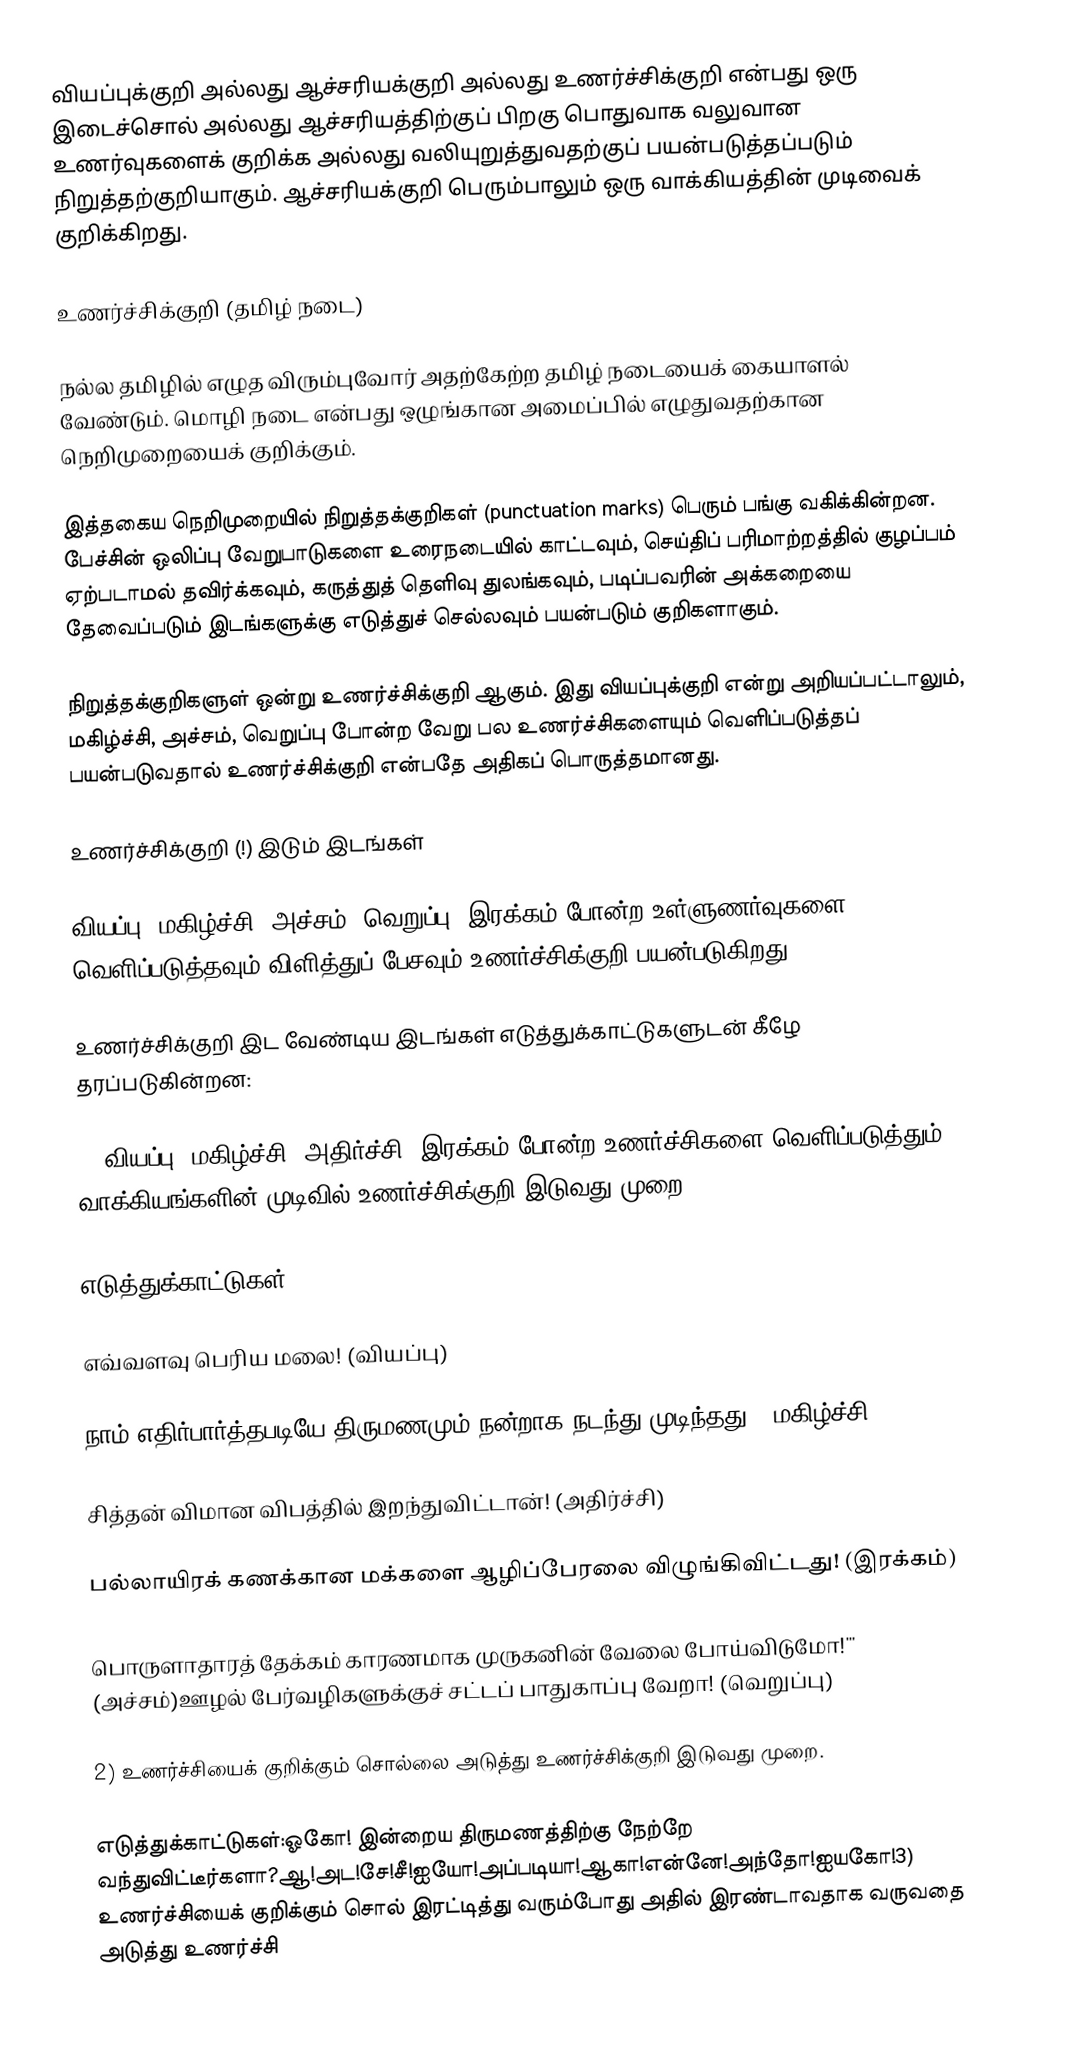
வியப்புக்குறி அல்லது ஆச்சரியக்குறி அல்லது  உணர்ச்சிக்குறி என்பது ஒரு இடைச்சொல் அல்லது ஆச்சரியத்திற்குப் பிறகு பொதுவாக வலுவான உணர்வுகளைக் குறிக்க அல்லது வலியுறுத்துவதற்குப் பயன்படுத்தப்படும் நிறுத்தற்குறியாகும். ஆச்சரியக்குறி பெரும்பாலும் ஒரு வாக்கியத்தின் முடிவைக் குறிக்கிறது.

உணர்ச்சிக்குறி (தமிழ் நடை)

நல்ல தமிழில் எழுத விரும்புவோர் அதற்கேற்ற தமிழ் நடையைக் கையாளல் வேண்டும். மொழி நடை என்பது ஒழுங்கான அமைப்பில் எழுதுவதற்கான நெறிமுறையைக் குறிக்கும்.

இத்தகைய நெறிமுறையில்  நிறுத்தக்குறிகள் (punctuation marks) பெரும் பங்கு வகிக்கின்றன. பேச்சின் ஒலிப்பு வேறுபாடுகளை உரைநடையில் காட்டவும், செய்திப் பரிமாற்றத்தில் குழப்பம் ஏற்படாமல் தவிர்க்கவும், கருத்துத் தெளிவு துலங்கவும், படிப்பவரின் அக்கறையை தேவைப்படும் இடங்களுக்கு எடுத்துச் செல்லவும் பயன்படும் குறிகளாகும்.

நிறுத்தக்குறிகளுள் ஒன்று உணர்ச்சிக்குறி ஆகும். இது வியப்புக்குறி என்று அறியப்பட்டாலும், மகிழ்ச்சி, அச்சம், வெறுப்பு போன்ற வேறு பல உணர்ச்சிகளையும் வெளிப்படுத்தப் பயன்படுவதால் உணர்ச்சிக்குறி என்பதே அதிகப் பொருத்தமானது.

உணர்ச்சிக்குறி (!) இடும் இடங்கள்

வியப்பு, மகிழ்ச்சி, அச்சம், வெறுப்பு, இரக்கம் போன்ற உள்ளுணர்வுகளை வெளிப்படுத்தவும் விளித்துப் பேசவும் உணர்ச்சிக்குறி பயன்படுகிறது.

உணர்ச்சிக்குறி இட வேண்டிய இடங்கள் எடுத்துக்காட்டுகளுடன் கீழே தரப்படுகின்றன:

1) வியப்பு, மகிழ்ச்சி, அதிர்ச்சி, இரக்கம் போன்ற உணர்ச்சிகளை வெளிப்படுத்தும் வாக்கியங்களின் முடிவில் உணர்ச்சிக்குறி இடுவது முறை.

எடுத்துக்காட்டுகள்:

எவ்வளவு பெரிய மலை! (வியப்பு)

நாம் எதிர்பார்த்தபடியே திருமணமும் நன்றாக நடந்து முடிந்தது! (மகிழ்ச்சி)

சித்தன் விமான விபத்தில் இறந்துவிட்டான்! (அதிர்ச்சி)

பல்லாயிரக் கணக்கான மக்களை ஆழிப்பேரலை விழுங்கிவிட்டது! (இரக்கம்)

பொருளாதாரத் தேக்கம் காரணமாக முருகனின் வேலை போய்விடுமோ!''' (அச்சம்)ஊழல் பேர்வழிகளுக்குச் சட்டப் பாதுகாப்பு வேறா! (வெறுப்பு)

2) உணர்ச்சியைக் குறிக்கும் சொல்லை அடுத்து உணர்ச்சிக்குறி இடுவது முறை.

எடுத்துக்காட்டுகள்:ஓகோ! இன்றைய திருமணத்திற்கு நேற்றே வந்துவிட்டீர்களா?ஆ!அட!சே!சீ!ஐயோ!அப்படியா!ஆகா!என்னே!அந்தோ!ஐயகோ!3) உணர்ச்சியைக் குறிக்கும் சொல் இரட்டித்து வரும்போது அதில் இரண்டாவதாக வருவதை அடுத்து உணர்ச்சி